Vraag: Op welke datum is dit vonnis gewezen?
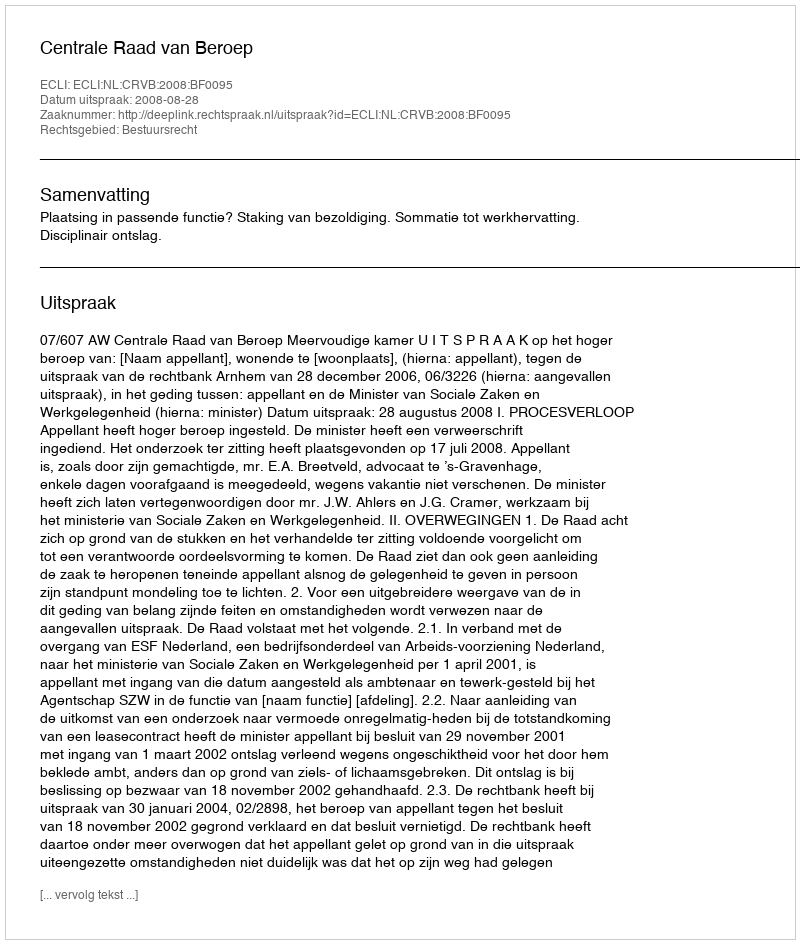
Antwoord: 2008-08-28